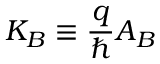
K _ { B } \equiv \frac { q } { \hbar } A _ { B }